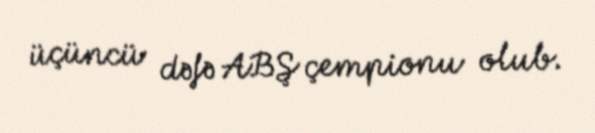
üçüncü dəfə ABŞ çempionu olub.